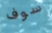
سوف